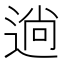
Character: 𮞢